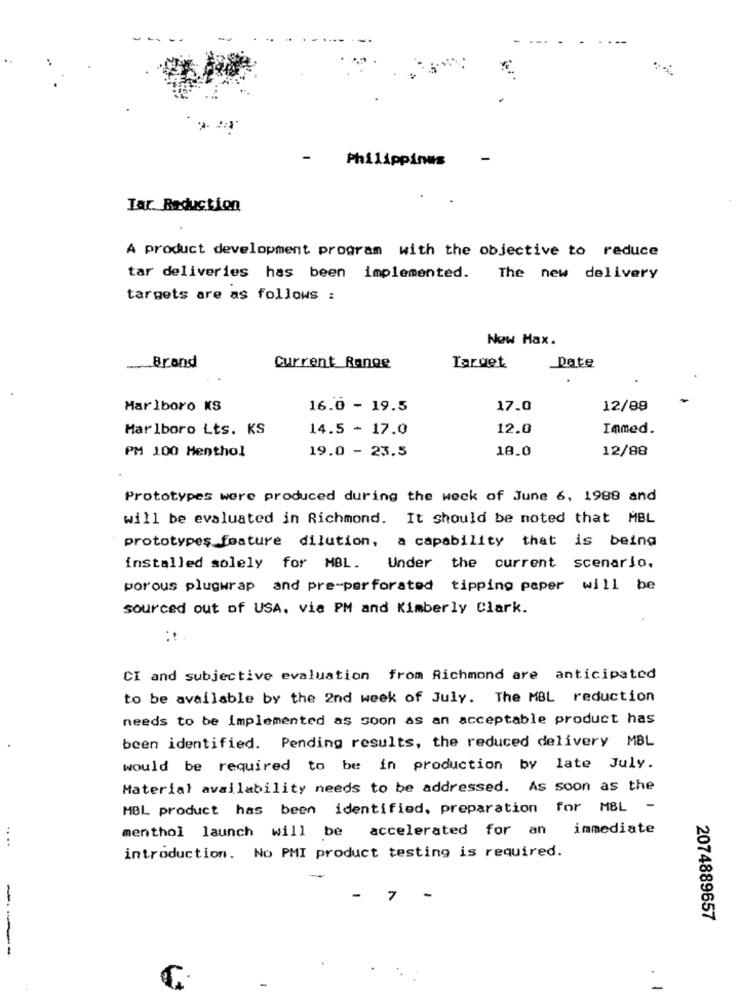
-
Philippines
-
Tar Reduction
A product development program with the objective to reduce
tar deliveries has been implemented. The new delivery
targets are as follows :
Now Max.
Brand
Current Range
Target
Date
Marlboro KS
16.0 - 19.5
17.0
12/89
Marlboro Lts. KS
14.5 - 17.0
12.0
Inmed.
PM 100 Menthol
19.0 - 23.5
18.0
12/88
Prototypes were produced during the weck of June 6, 1988 and
will be evaluated in Richmond. It should be noted that MBL
prototypes feature dilution, a capability that is being
installed solely for MBL.
Under the current scenario.
porous plugwrap and pre-perforated tipping paper will be
sourced out of USA. via PM and Kimberly Clark.
CI and subjective evaluation from Richmond are anticipated
to be available by the 2nd week of July. The MBL reduction
needs to be implemented as soon as an acceptable product has
been identified. Pending results, the reduced delivery MBL
would be required to be in production by late July.
Material availability needs to be addressed. As soon as the
MBL product has been identified, preparation for MBL -
menthol launch will be accelerated for an immediate
....
introduction. No PMI product testing is required.
-
7
-
2074889657
----
-